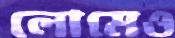
লোমেও